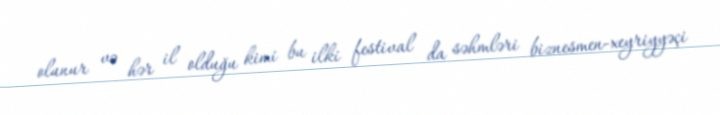
olunur və hər il olduğu kimi bu ilki festival da səhmləri biznesmen-xeyriyyəçi